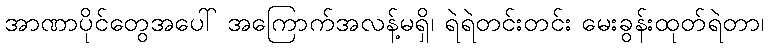
အာဏာပိုင်တွေအပေါ် အကြောက်အလန့်မရှိ၊ ရဲရဲတင်းတင်း မေးခွန်းထုတ်ရဲတာ၊